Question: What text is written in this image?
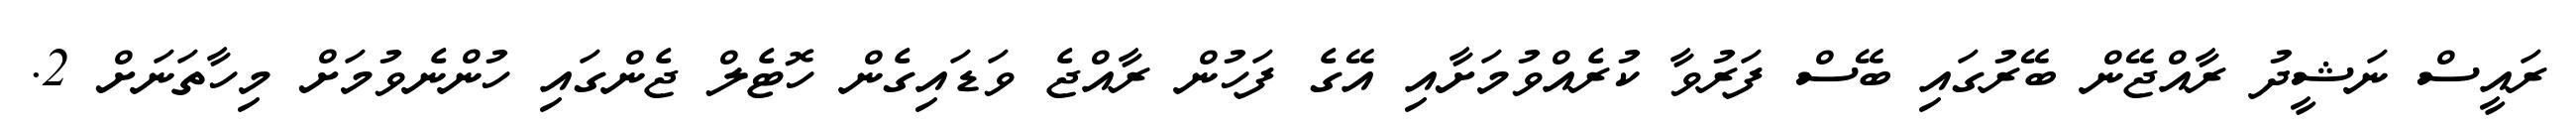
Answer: ރައީސް ނަޝީދު ރާއްޖޭން ބޭރުގައި ބޭސް ފަރުވާ ކުރެއްވުމަށާއި އޭގެ ފަހުން ރާއްޖެ ވަޑައިގެން ހޮޓެލް ޖެންގައި ހުންނެވުމަށް މިހާތަނަށް 2.